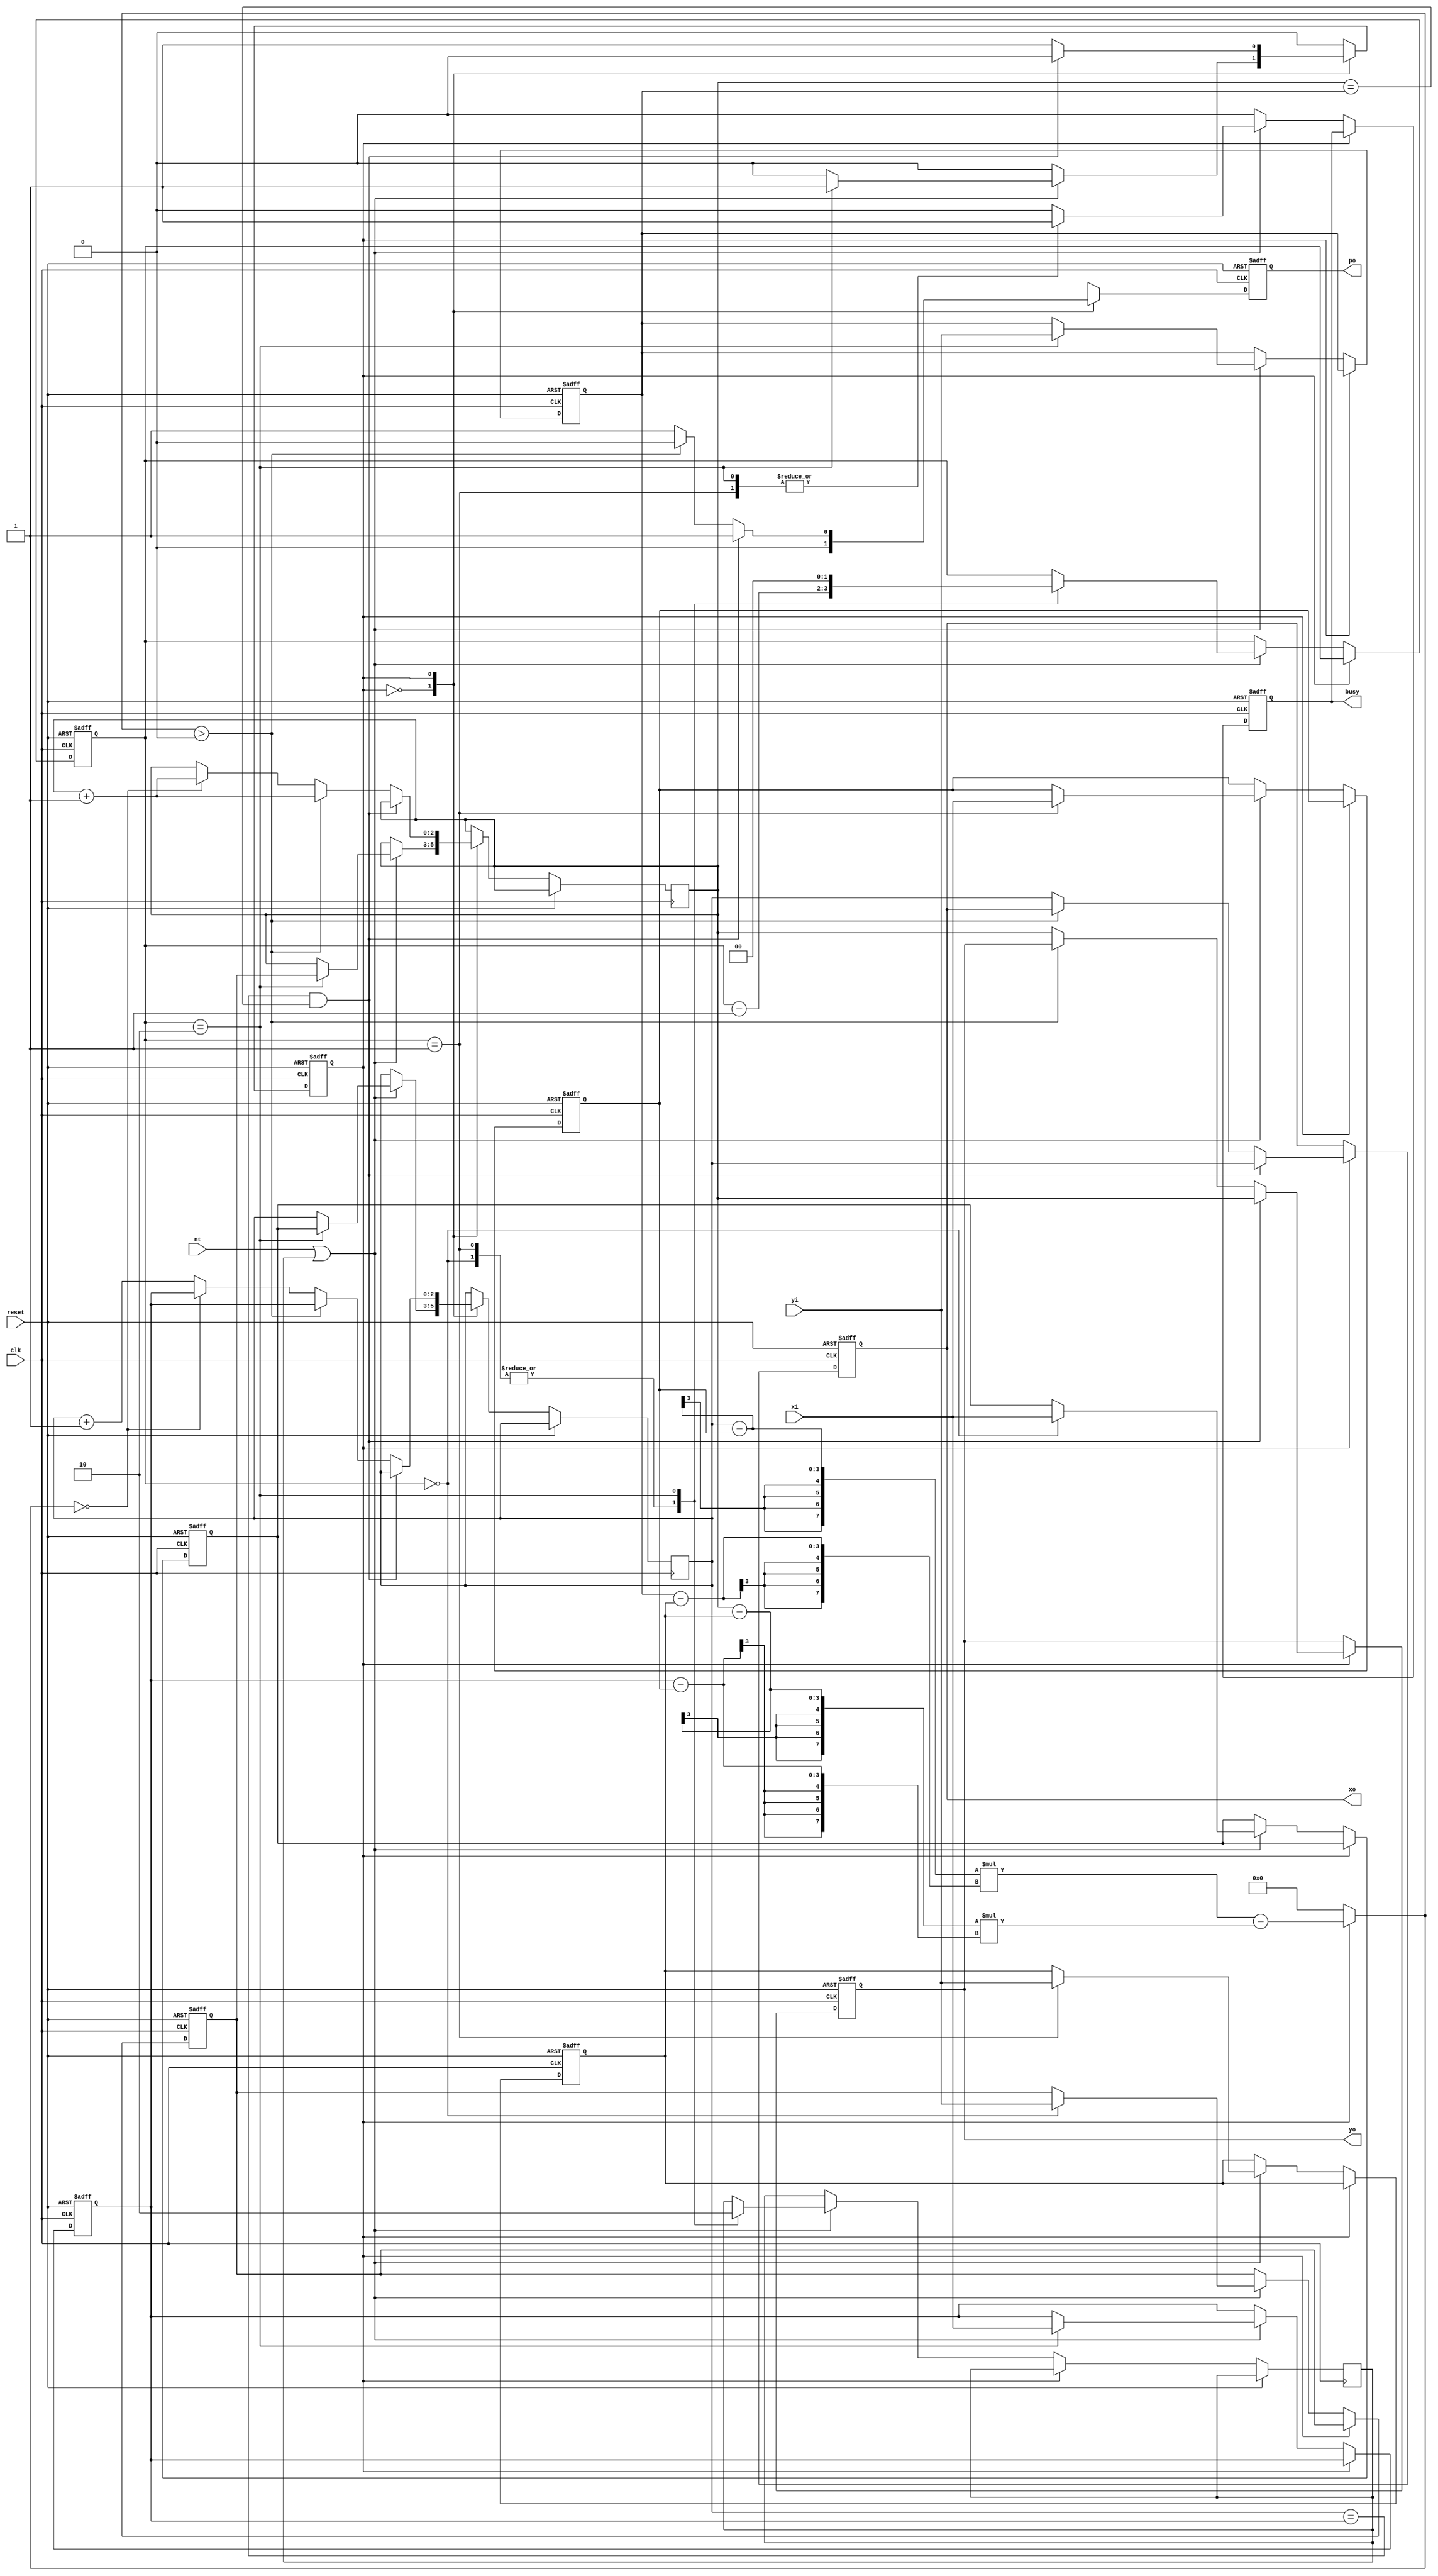
module triangle (clk, reset, nt, xi, yi, busy, po, xo, yo);

input clk, reset, nt;
input [2:0] xi, yi;

output reg busy, po;
output reg [2:0] xo, yo;

reg curr_state, input_flag;
reg [2:0] buffer_x[0:2], buffer_y[0:2];
reg [1:0] input_count;
reg [2:0] curr_x, curr_y;
reg signed [7:0] slope, a, b;

parameter Input = 1'b0;
parameter Output = 1'b1;

integer i;

always@(posedge clk, posedge reset) begin
	if(reset) begin
		busy <= 0;
		po <= 0;
		xo <= 0;
		yo <= 0;

		for(i = 0; i < 3; i = i+1) begin
			buffer_x[i] <= 0;
			buffer_y[i] <= 0;
		end
		input_count <= 0;

		curr_state <= Input;
	end
	else begin
		case(curr_state) 
			Input: begin
				po <= 0;
				busy <= 0;
				if(nt || input_flag) begin
					buffer_x[input_count] <= xi;
					buffer_y[input_count] <= yi;
					case(input_count) 
						2'd0: begin
							input_count <= input_count + 1;
							busy <= 0;	
							input_flag <= 1;
						end
						2'd1: begin
							input_count <= input_count + 1;
							busy <= 1;
							input_flag <= 1;
						end
						2'd2: begin
							input_count <= 0;
							busy <= 1;
							input_flag <= 0;
							curr_x <= buffer_x[0];
							curr_y <= buffer_y[0];
							curr_state <= Output;
							
						end
					endcase
				end
			end
			Output: begin
				/* if (curr_x, curr_y) = (x3, y3) */
				if(curr_x == buffer_x[2] && curr_y == buffer_y[2]) begin
					xo <= curr_x;
					yo <= curr_y;
					po <= 1;
					
					curr_state <= Input;
				end
				else begin
					/* This point is at right side of the slope, move up to next point */
					if(slope > 0) begin
						po <= 0;
						curr_x <= buffer_x[2];
						curr_y <= curr_y + 1;
					end 
					/* This point is inside the triangle, move right to next point */
					else begin
						po <= 1;
						xo <= curr_x;
						yo <= curr_y;
						/* If this point is on the line, move up to next point */
						if(slope == 0) begin
							curr_x <= buffer_x[2];
							curr_y <= curr_y + 1;
						end
						/* Else move right to next point */
						else
							curr_x <= curr_x + 1;
					end
				end
			end
		endcase
	end
end

always@(*) begin
	case(curr_state) 	
		Output: begin
			slope = (curr_x - buffer_x[1]) * (buffer_y[2] - buffer_y[1]) - (curr_y - buffer_y[1]) * (buffer_x[2] - buffer_x[1]);
			a = (curr_x - buffer_x[1]) * (buffer_y[2] - buffer_y[1]);
			b = (curr_y - buffer_y[1]) * (buffer_x[2] - buffer_x[1]);
		end
		default: begin
			slope = 0;
		end
	endcase
end
                   

endmodule